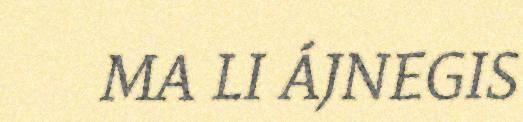
MA LI ÁJNEGIS